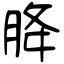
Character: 胮